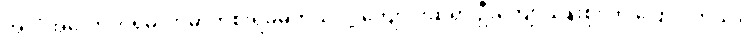
အလုံအလောက်ရှိမလာမှာကိုစိုးရိမ်မိတယ်လို့ ကျောင်းဆရာ ဦးကျော်သိန်းစိုး က ပြောပါတယ်။